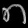
Digit: ၈